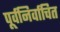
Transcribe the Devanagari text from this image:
पूर्वनिर्वाचित